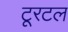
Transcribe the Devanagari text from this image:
टूरटल